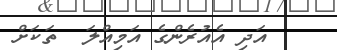
އަދި އެއުރެންގެ އަމިއްލަ  ތަކަށް